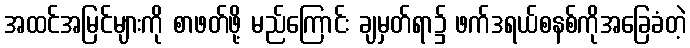
အထင်အမြင်များကို စာဖတ်ဖို့ မည်ကြောင်း ချမှတ်ရာ၌ ဖက်ဒရယ်စနစ်ကိုအခြေခံတဲ့